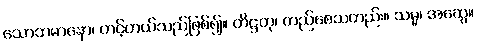
သောဘမာနော၊ တင့်တယ်သည်ဖြစ်၍။ တိဋ္ဌတု၊ တည်စေသတည်း။ သမ္မ၊ အဆွေ။